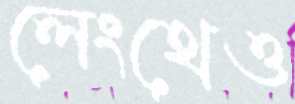
লেংথেও